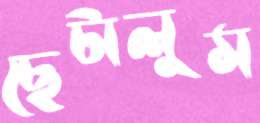
ছেটালুম